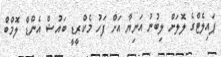
ޕައިލެޓްގެ ލޮލަށް ލިބުނު އަނިޔާ އަށް ފަހު މެކްރީޑީ ބައުޝް އެންޑް ލޮމްބް